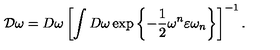
{ \cal D } \omega = D \omega \left[ \int D \omega \exp \left\{ - \frac { 1 } { 2 } \omega ^ { n } \varepsilon \omega _ { n } \right\} \right] ^ { - 1 } .